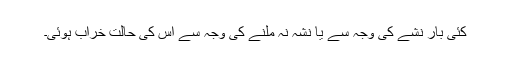
کئی بار نشے کی وجہ سے یا نشہ نہ ملنے کی وجہ سے اس کی حالت خراب ہوئی۔